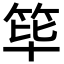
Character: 筚